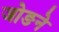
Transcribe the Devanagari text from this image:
जोङने